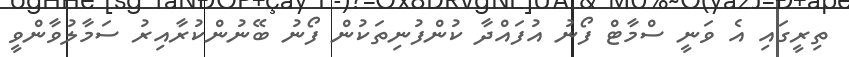
ތިރީގައި އެ ވަނީ ސްމާޓް ފޯނު އުފައްދާ ކުންފުނިތަކުން ފޯނު ބޭނުންކުރާއިިރު ސަމާލުވާންވީ